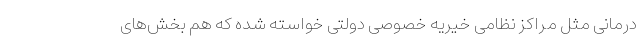
درمانی مثل مراکز نظامی خیریه خصوصی دولتی خواسته شده که هم بخش‌های